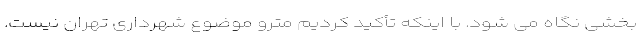
بخشی نگاه می شود. با اینکه تأکید کردیم مترو موضوع شهرداری تهران نیست.